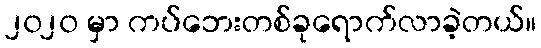
၂၀၂၀ မှာ ကပ်ဘေးတစ်ခုရောက်လာခဲ့တယ်။